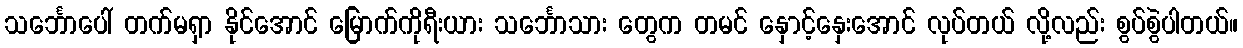
သင်္ဘောပေါ် တက်မရှာ နိုင်အောင် မြောက်ကိုရီးယား သင်္ဘောသား တွေက တမင် နှောင့်နှေးအောင် လုပ်တယ် လို့လည်း စွပ်စွဲပါတယ်။